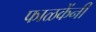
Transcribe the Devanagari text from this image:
फाळकेंनी